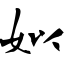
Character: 姒